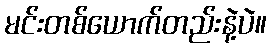
မင်းတစ်ယောက်တည်းနဲ့ပဲ။